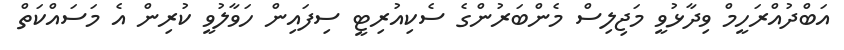
އަބްދުއްރަހީމް ވިދާޅުވީ މަޖިލިސް މެންބަރުންގެ ސެކިއުރިޓީ ސިފައިން ހަވާލުވީ ކުރިން އެ މަސައްކަތް